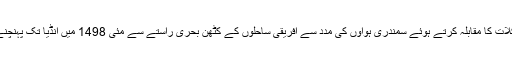
ڈَ گاما کا فلاٹیلا مشکلات کا مقابلہ کرتے ہوئے سمندری ہواوں کی مدد سے افریقی ساحلوں کے کٹھن بحری راستے سے مئی 1498 میں انڈیا تک پہنچنے میں کامیاب ہو گیا۔